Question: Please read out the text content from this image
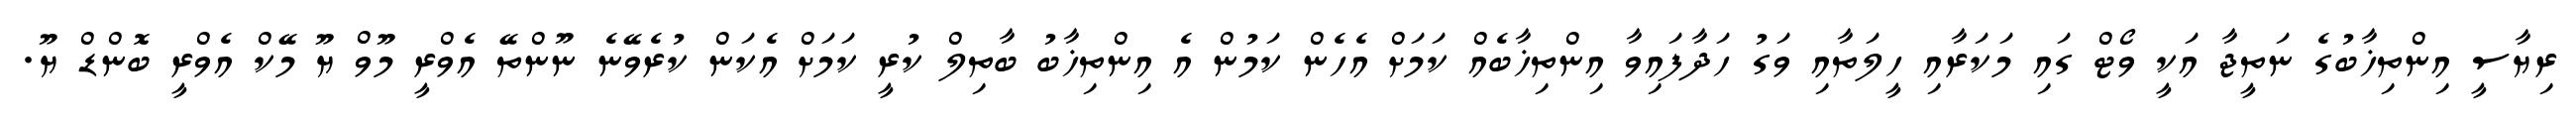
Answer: ރިޔާސީ އިންތިޚާބުގެ ނަތީޖާ އަކީ ވޯޓް ގައި މަކަރާއި ހީލަތާއި ވަގު ހަދާފައިވާ އިންތިޚާބެއް ކަމަށް އެހެން ކަމުން އެ އިންތިޚާބު ބާތިލް ކުރީ ކަމަށް އެކަން ކުރެވޭނެ ނޫންތޭ އެވްރީ މޫވް ޔޫ މޭކް އެވްރީ ބޮންޑް ޔޫ.